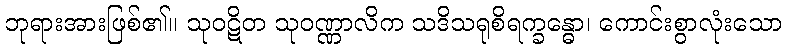
ဘုရားအားဖြစ်၏။ သုဝဋိတ သုဝဏ္ဏာလိက သဒိသရုစိရက္ခန္ဓော၊ ကောင်းစွာလုံးသော